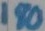
Text: 180